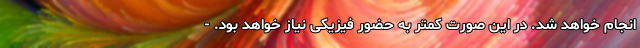
انجام خواهد شد. در این صورت کمتر به حضور فیزیکی نیاز خواهد بود. -